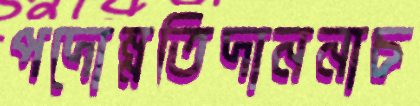
পদোন্নতিদাননাচ